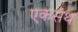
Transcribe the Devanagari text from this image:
एकसंथ